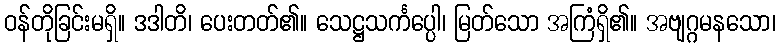
ဝန်တိုခြင်းမရှိ။ ဒဒါတိ၊ ပေးတတ်၏။ သေဋ္ဌသင်္ကပ္ပေါ၊ မြတ်သော အကြံရှိ၏။ အဗျဂ္ဂမနသော၊